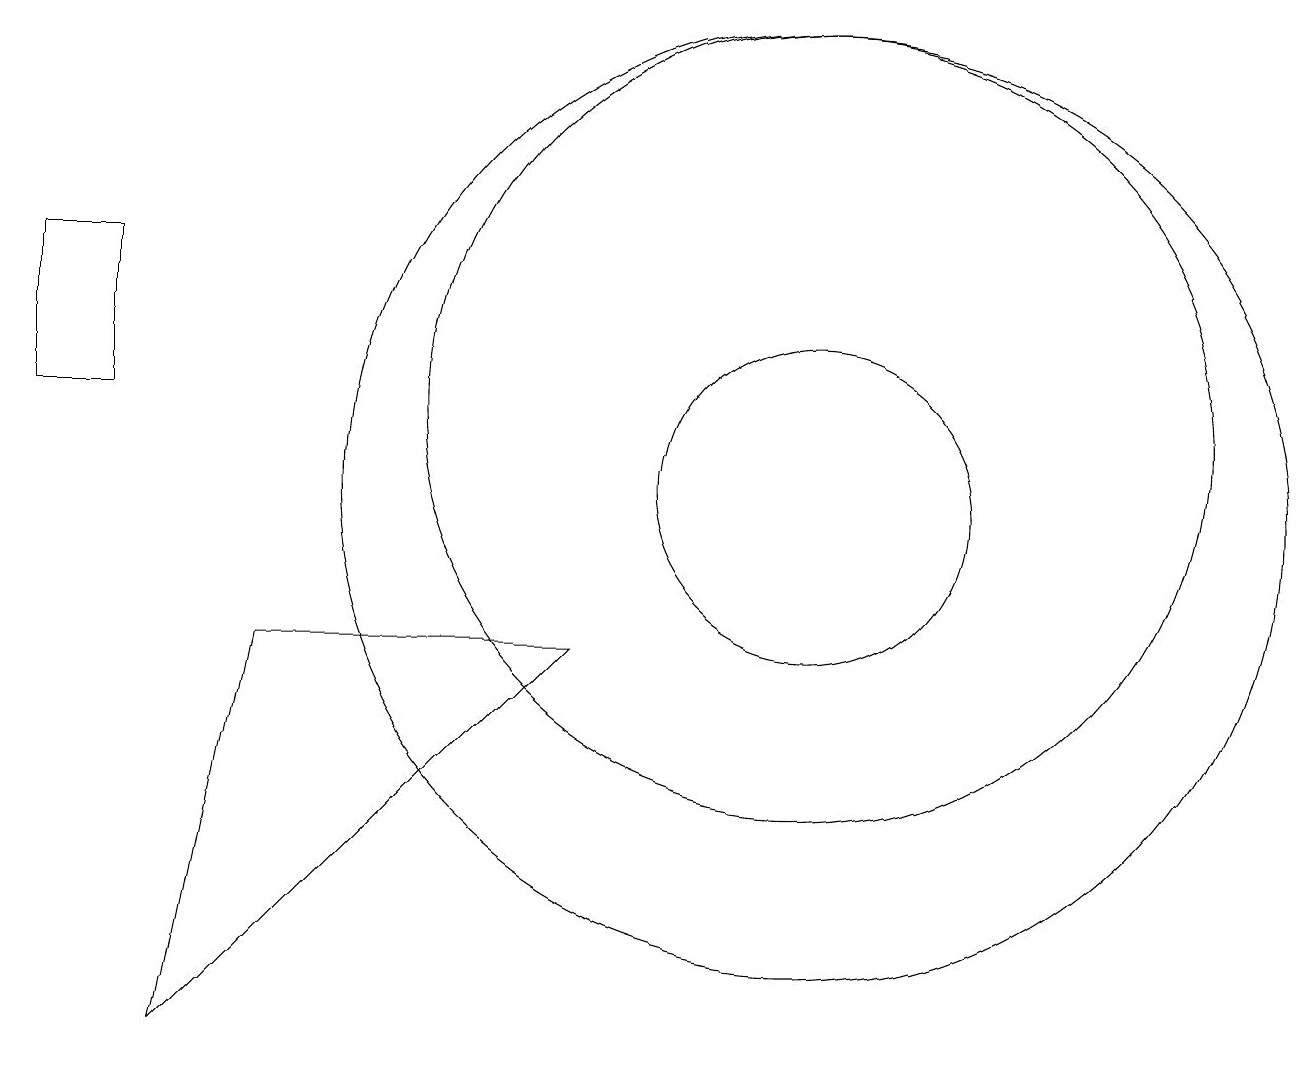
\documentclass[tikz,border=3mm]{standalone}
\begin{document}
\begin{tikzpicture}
\draw (2,3) -- (3,8) -- (7,8) -- cycle;
\draw (1,11) rectangle (0,13);
\draw (10,10) circle (2);
\draw (10,10) circle (6);
\draw (10,11) circle (5);
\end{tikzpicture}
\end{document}